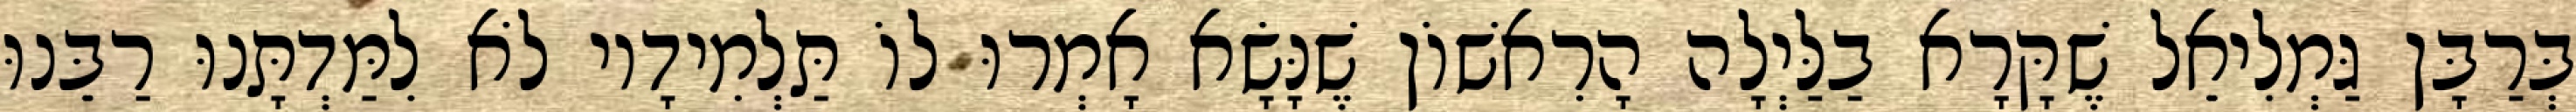
בְּרַבָּן גַּמְלִיאֵל שֶׁקָּרָא בַלַּיְלָה הָרִאשׁוֹן שֶׁנָּשָׂא אָמְרוּ לוֹ תַּלְמִידָיו לֹא לִמַּדְתָּנוּ רַבֵּנוּ